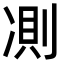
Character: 𠗧